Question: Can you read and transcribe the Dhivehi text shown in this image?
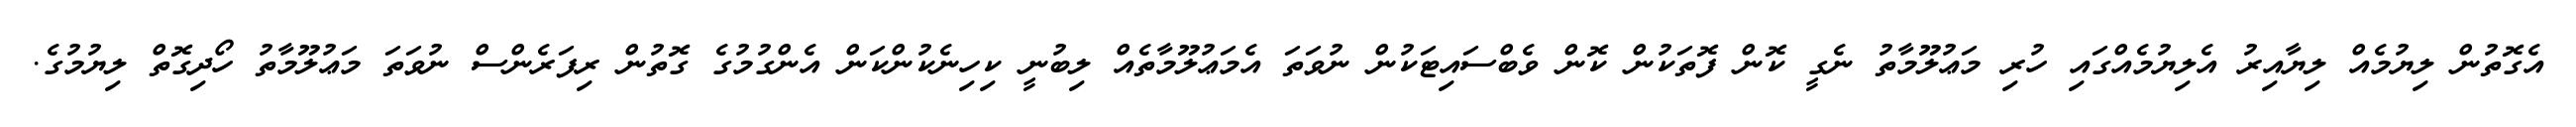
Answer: އެގޮތުން ލިޔުމެއް ލިޔާއިރު އެލިޔުމެއްގައި ހުރި މަޢުލޫމާތު ނެގީ ކޮން ފޮތަކުން ކޮން ވެބްސައިޓަކުން ނުވަތަ އެމަޢުލޫމާތެއް ލިބުނީ ކިހިނެކުންކަން އެންގުމުގެ ގޮތުން ރިފަރެންސް ނުވަތަ މަޢުލޫމާތު ހޯދިގޮތް ލިޔުމުގެ.